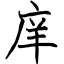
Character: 庠